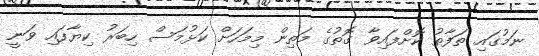
ނަމުގައި ތަފާތު ކޮށްފައިވާ ގޮތުގެ މަތިން މިމަހަށް ކަޅުމަސް ހިބަރު ކިޔާފައި ވަނީ